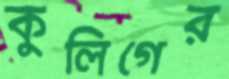
কুলিগের